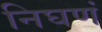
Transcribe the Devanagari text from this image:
निघणं